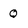
Character: Q